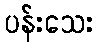
ပန်းသေး